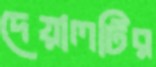
দেয়ালটির